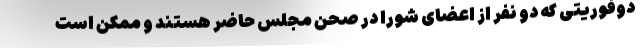
دوفوریتی که دو نفر از اعضای شورا در صحن مجلس حاضر هستند و ممکن است